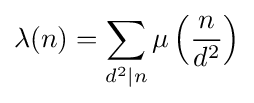
\lambda (n)=\sum _{d^{2}|n}\mu \left({\frac {n}{d^{2}}}\right)